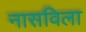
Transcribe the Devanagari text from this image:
नासविला